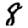
Digit: 8